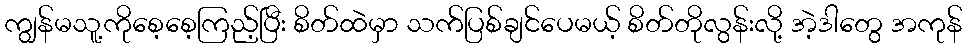
ကျွန်မသူ့ကိုစေ့စေ့ကြည့်ပြီး စိတ်ထဲမှာ သက်ပြစ်ချင်ပေမယ့် စိတ်တိုလွန်းလို့ အဲ့ဒါတွေ အကုန်